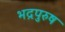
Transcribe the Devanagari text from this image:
भद्रपुरुष